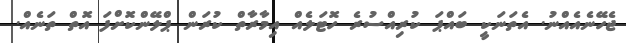
ޖެހޭނެއެއްނު. އެތަނަކީ ބައްޕަ ކުރިއްސުރެ ހޮޓަލެއް އިމާރާތް ކުރަން ޕްލޭންކޮށްފަ އޮތް ތަނެއް.